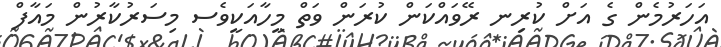
އަހަރުމެން ގެ އަށް ކުރިނ ރޭވައްކަން ކުރަން ވަތް މީހާއަކީވެސ މިސަރުކާރުން މައާފް